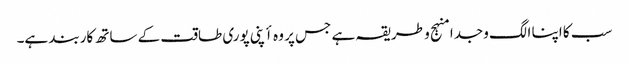
سب کا اپنا الگ وجدا منہج و طریقہ ہے جس پر وہ أپنی پوری طاقت کے ساتھ کاربند ہے۔